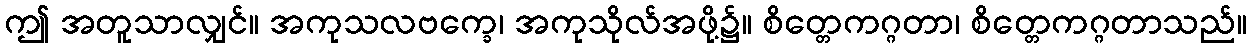
ဤ အတူသာလျှင်။ အကုသလဗက္ခေ၊ အကုသိုလ်အဖို့၌။ စိတ္တေကဂ္ဂတာ၊ စိတ္တေကဂ္ဂတာသည်။